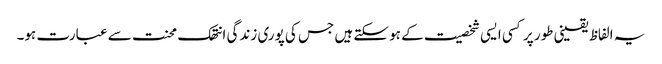
یہ الفاظ یقینی طور پر کسی ایسی شخصیت کے ہو سکتے ہیں جس کی پوری زندگی انتھک محنت سے عبارت ہو۔